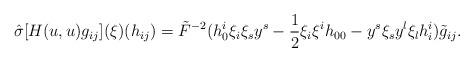
LaTeX: \begin{align*}\hat{\sigma}[H(u,u)g_{ij}](\xi)(h_{ij})=\tilde{F}^{-2}(h^i_0\xi_i\xi_sy^s-\frac{1}{2}\xi_i\xi^ih_{00}-y^s\xi_sy^l\xi_lh_i^i)\tilde{g}_{ij}.\end{align*}